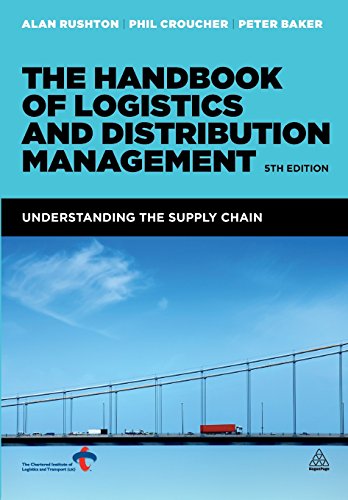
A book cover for The Handbook of Logistics and Distribution Management: Understanding the Supply Chain; Alan Rushton; Business & Money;